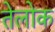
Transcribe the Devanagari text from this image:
तेलोक